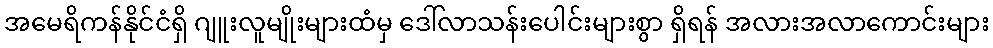
အမေရိကန်နိုင်ငံရှိ ဂျူးလူမျိုးများထံမှ ဒေါ်လာသန်းပေါင်းများစွာ ရှိရန် အလားအလာကောင်းများ